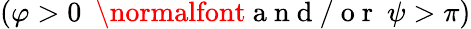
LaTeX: (\varphi>0~\mathrm{~\normalfont~a~n~d~/~o~r~}~\psi>\pi)